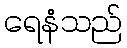
ရေနံသည်